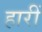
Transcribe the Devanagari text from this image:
हारीं